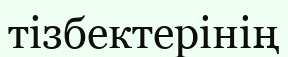
тізбектерінің